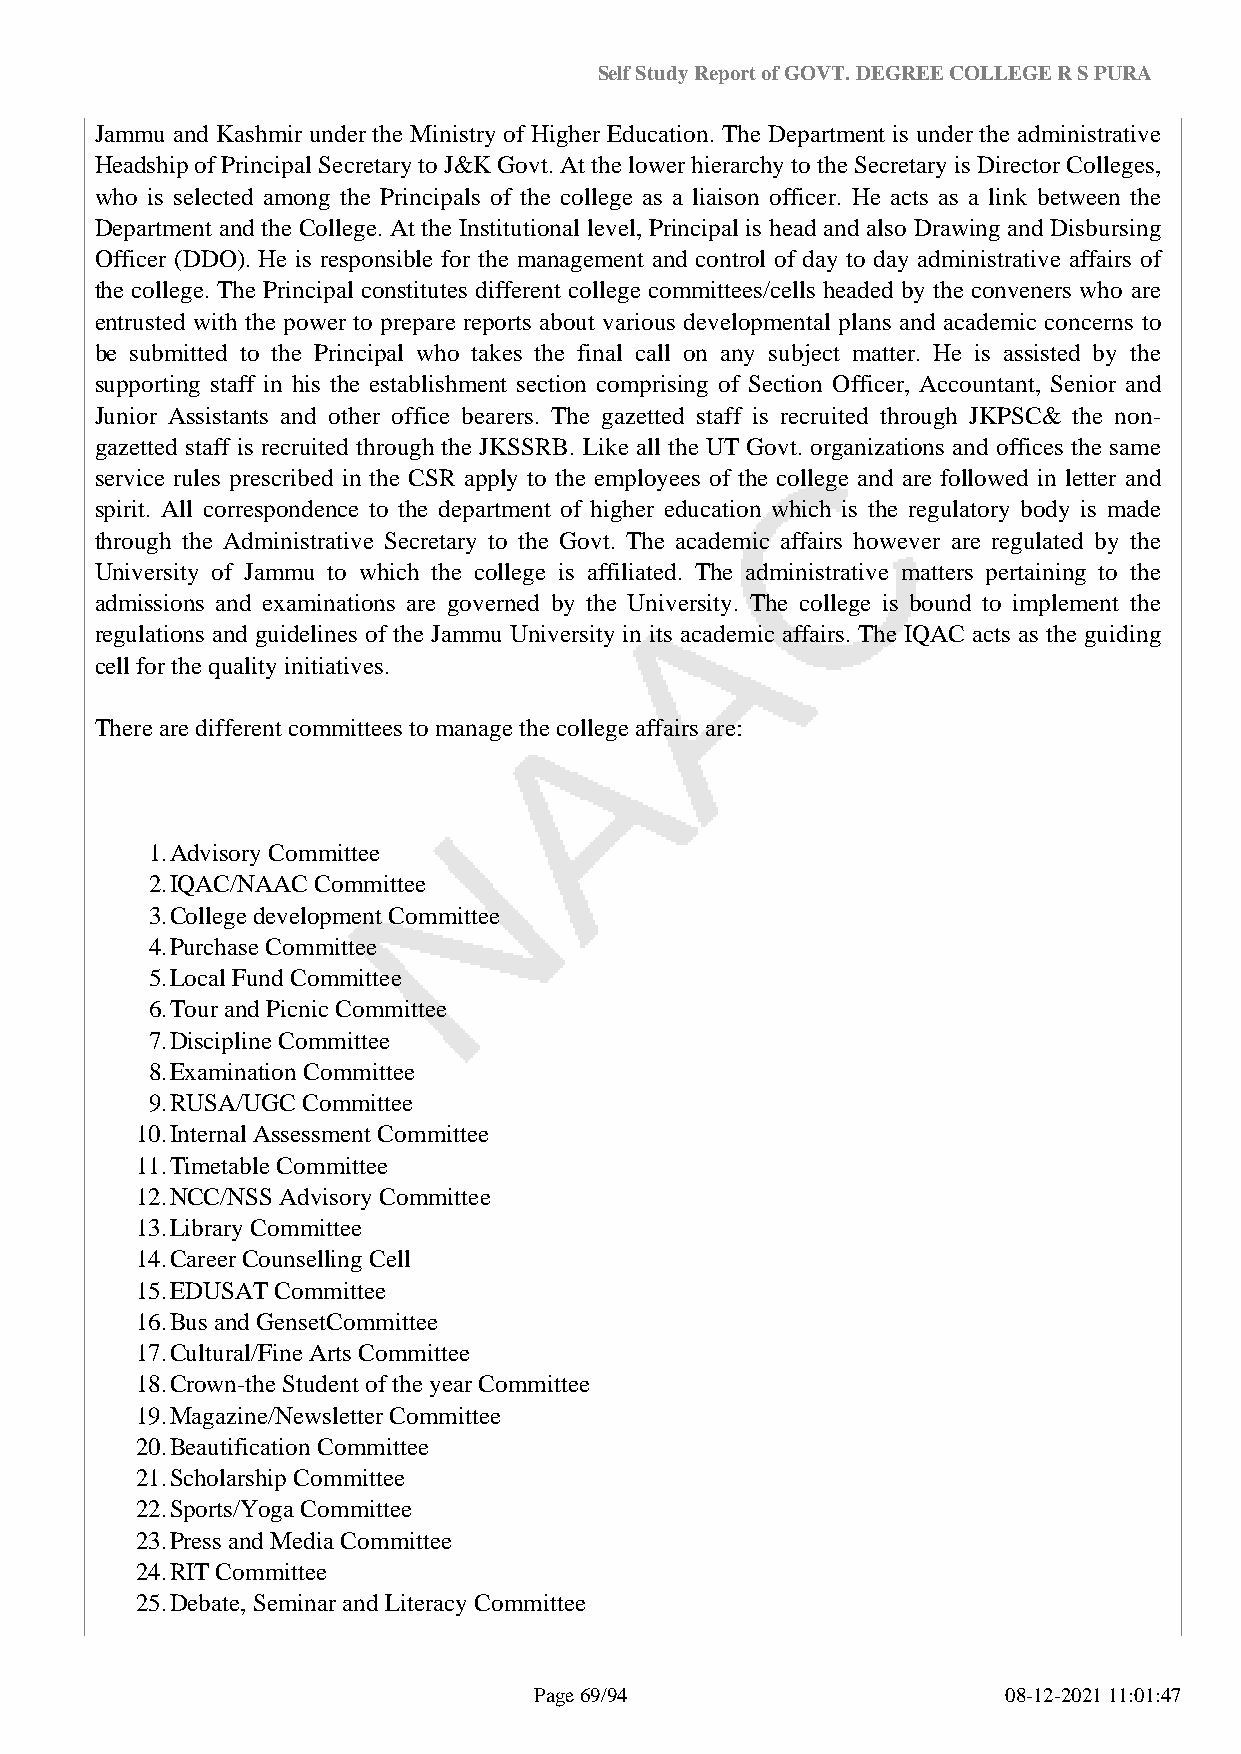
Self Study Report of GOVT. DEGREE COLLEGE R S PURA
 Jammu and Kashmir under the Ministry of Higher Education. The Department is under the administrative
 Headship of Principal Secretary to J&K Govt. At the lower hierarchy to the Secretary is Director Colleges,
 who is selected among the Principals of the college as a liaison officer. He acts as a link between the
 Department and the College. At the Institutional level, Principal is head and also Drawing and Disbursing
 Officer (DDO). He is responsible for the management and control of day to day administrative affairs of
 the college. The Principal constitutes different college committees/cells headed by the conveners who are
 entrusted with the power to prepare reports about various developmental plans and academic concerns to
 be submitted to the Principal who takes the final call on any subject matter. He is assisted by the
 supporting staff in his the establishment section comprising of Section Officer, Accountant, Senior and
 Junior Assistants and other office bearers. The gazetted staff is recruited through JKPSC& the non-
 gazetted staff is recruited through the JKSSRB. Like all the UT Govt. organizations and offices the same
 service rules prescribed in the CSR apply to the employees of the college and are followed in letter and
 spirit. All correspondence to the department of higher education which is the regulatory body is made
 through the Administrative Secretary to the Govt. The academic affairs however are regulated by the
 University of Jammu to which the college is affiliated. The administrative matters pertaining to the
 admissions and examinations are governed by the University. The college is bound to implement the
 regulations and guidelines of the Jammu University in its academic affairs. The IQAC acts as the guiding
 cell for the quality initiatives.
 There are different committees to manage the college affairs are:
 1.Advisory Committee
 2.IQAC/NAAC Committee
 3.College development Committee
 4.Purchase Committee
 5.Local Fund Committee
 6.Tour and Picnic Committee
 7.Discipline Committee
 8.Examination Committee
 9.RUSA/UGC Committee
 10.Internal Assessment Committee
 11.Timetable Committee
 12.NCC/NSS Advisory Committee
 13.Library Committee
 14.Career Counselling Cell
 15.EDUSAT Committee
 16.Bus and GensetCommittee
 17.Cultural/Fine Arts Committee
 18.Crown-the Student of the year Committee
 19.Magazine/Newsletter Committee
 20.Beautification Committee
 21.Scholarship Committee
 22.Sports/Yoga Committee
 23.Press and Media Committee
 24.RIT Committee
 25.Debate, Seminar and Literacy Committee
 Page 69/94                      08-12-2021 11:01:47